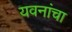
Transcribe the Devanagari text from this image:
यवनांचा